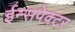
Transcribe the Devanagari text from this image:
ईन्सपेक्टर